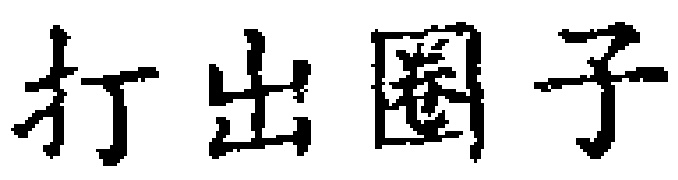
打出圈子